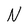
Character: N